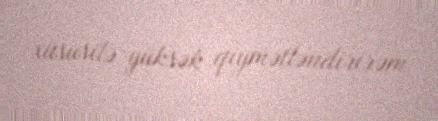
xüsusilə yüksək qiymətləndirirəm.